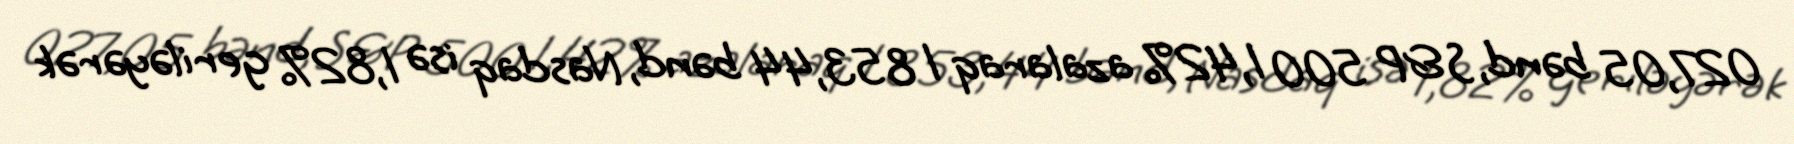
027,05 bənd, S&P 500 1,42% azalaraq 1 853,44 bənd, Nasdaq isə 1,82% geriləyərək